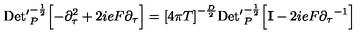
\mathrm { D e t ^ { \prime } } _ { P } ^ { - { \frac { 1 } { 2 } } } \Bigl [ - { \partial } _ { \tau } ^ { 2 } + 2 i e F { \partial } _ { \tau } \Bigr ] = { \lbrack 4 \pi T \rbrack } ^ { - { \frac { D } { 2 } } } \mathrm { D e t ^ { \prime } } _ { P } ^ { - { \frac { 1 } { 2 } } } \Bigl [ { \bf I } - 2 i e F { { \partial } _ { \tau } } ^ { - 1 } \Bigr ] \quad